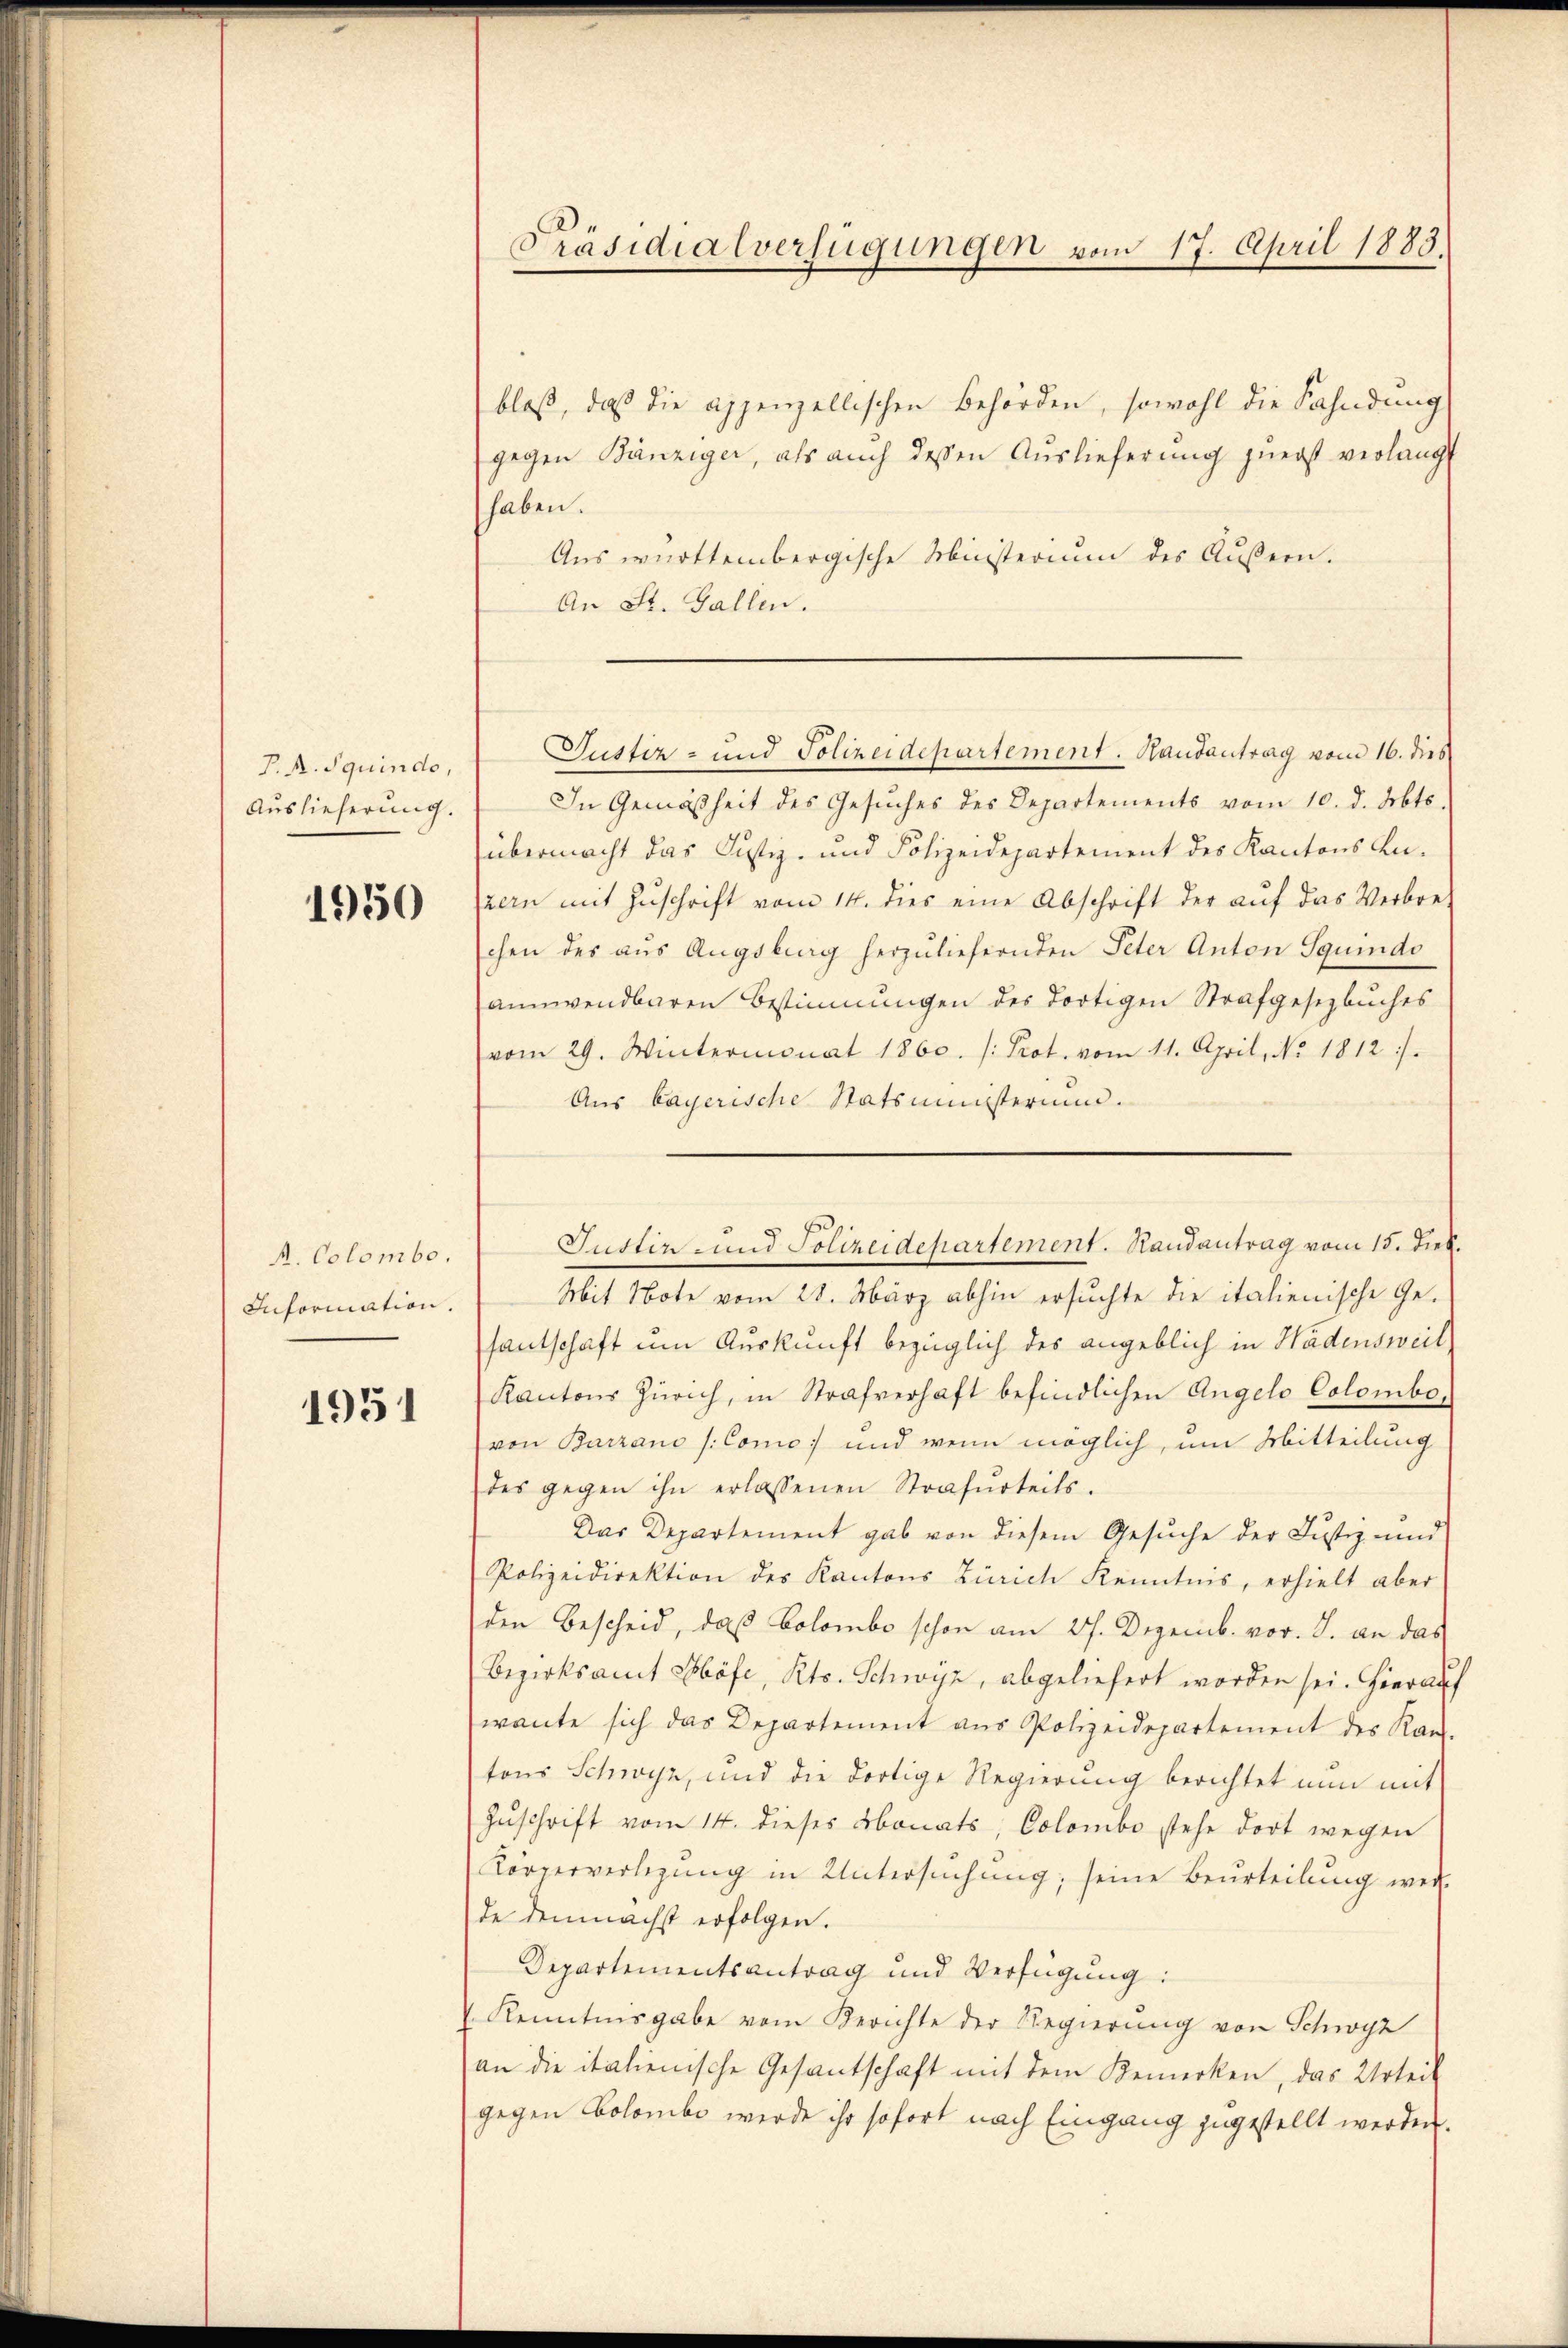
P. R. Squindo,
Auslieferung.

1950

R. Colombo.
Information.

1951

bloß, daß die appenzellischen Behörden, sowohl die Fahndung
gegen Bänziger, als auch dessen Auslieferung zuerst verlangt
haben.
Aus württembergische Ministerium des Äußern.
An St. Gallen.
In Gemäßheit des Gesŭches des Departements vom 10. d. Mts.
übermacht das Justiz- und Polizeidepartement des Kantons An-
zern mit Zŭschrift vom 14. dies eine Abschrift der aŭf das Verbreschen des aus Augsburg herzuliefernden Peter Anton Squindo
annwendbaren Bestimmungen des dortigen Strafgesetzbuches
vom 29. Wintermonat 1860. /: Prot. vom 11. April, No. 1812.
Aus bayerische Statsministerium.
Mit Note vom 28. März abhin ersuchte die italienische Gefantschaft um Auskunft bezüglich des angeblich in Hadensweil
Kantons Zürich, in Strafverhaft befindlichen Angelo Colombe,
von Barzano (Como und wenn möglich, um Mitteilung
des gegen ihn erlassenen Strafurteils.
Das Departement gab von diesem Gesuche der Justiz- und
Polizeidirektion des Kantons Zürich Kenntnis, erhielt aber
den Bescheid, daß Colombo schon am 27. Dezemb. vor. J. an das
Bezirksamt Höfe, Kts. Schwyz, abgeliefert worden sei. Hierauf
wante sich das Departement aus Polizeidepartement des Kan-
tons Schwyz, und die dortige Regierung berichtet nun mit
Zuschrift vom 14. dieses Monats, Colombo stehe dort wegen
Körperverlegung in Untersuchung; seine Beurteilung wei
de demnächst erfolgen.
Departementsantrag und Verfügung:
Kenntnisgabe vom Berichte der Regierung von Schwyz
an die italienische Gesantschaft mit dem Bemerken, das Urteil
gegen Colombe werde ihr sofort nach Eingang zugestellt werden.

Präsidialverfügungen vom 17. April 1883.

Justiz- und Polizeidepartement. Hautantrag vom 16. dies

Justiz- und Polizeidepartement. Randantrag vom 15. Dieb.